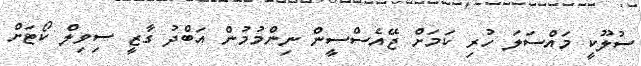
ސުލޫކީ މައްސަލަ ހުރި ކަމަށް ޖޭއެސްސީން ނިންމުމުން އަބްދު ގާޒީ ސިވިލް ކޯޓަށް